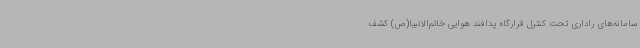
سامانه‌های راداری تحت کنترل قرارگاه پدافند هوایی خاتم‌الانبیا(ص) کشف